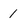
Character: 1